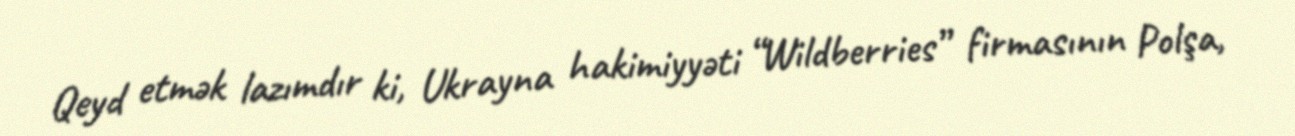
Qeyd etmək lazımdır ki, Ukrayna hakimiyyəti “Wildberries” firmasının Polşa,